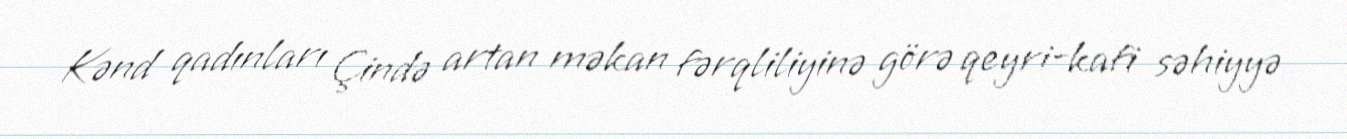
Kənd qadınları Çində artan məkan fərqliliyinə görə qeyri-kafi səhiyyə